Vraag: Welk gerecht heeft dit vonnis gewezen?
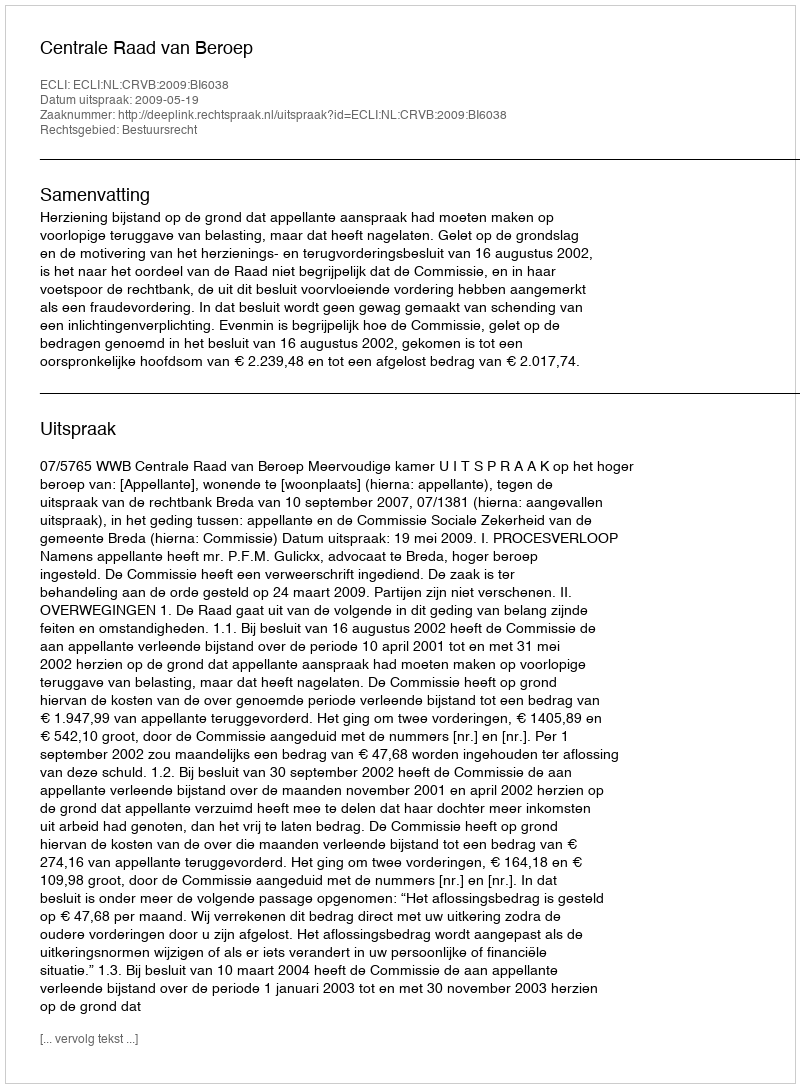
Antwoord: Centrale Raad van Beroep